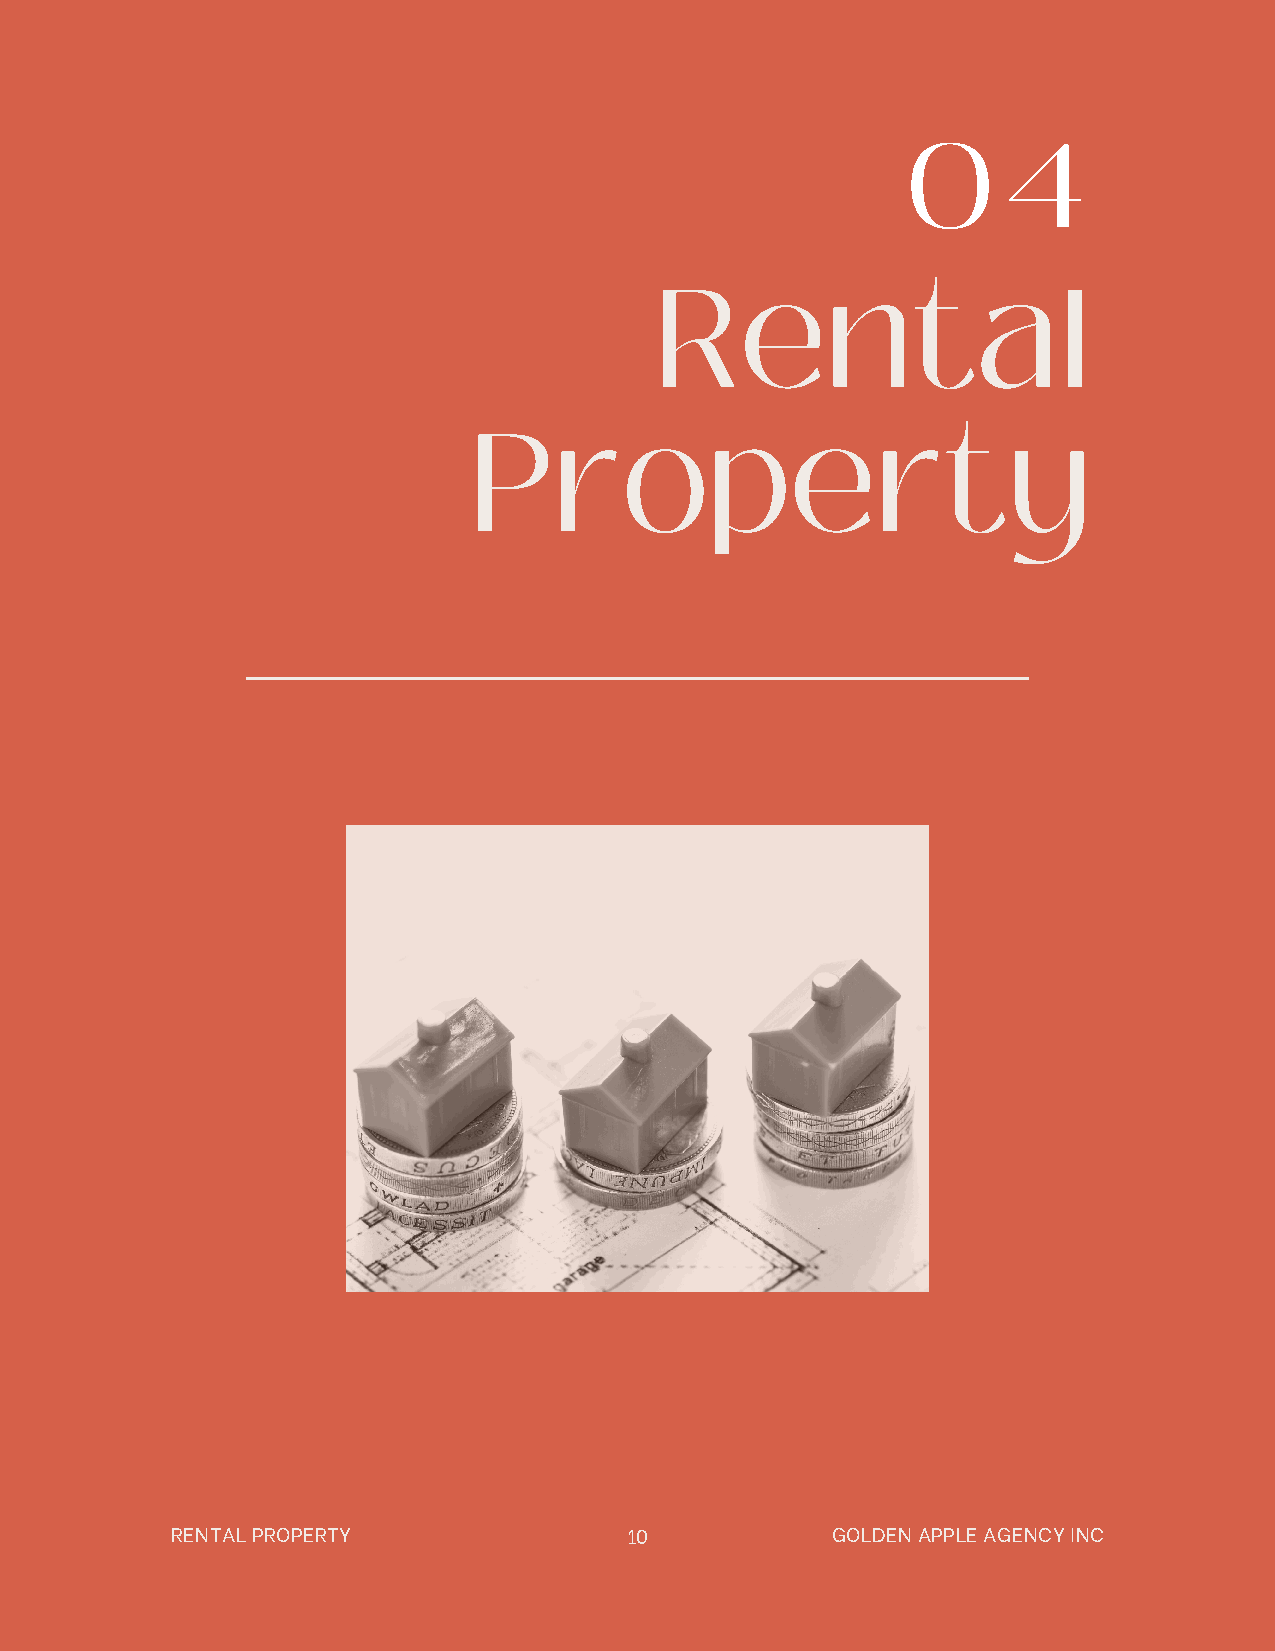
0     4
 Rental
 Property
 RENTAL PROPERTY               10            GOLDEN APPLE AGENCY INC